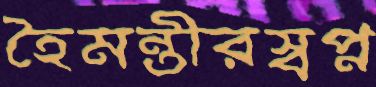
হৈমন্তীরস্বপ্ন